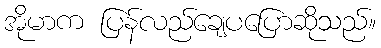
အိုမာက ပြန်လည်ချေပပြောဆိုသည်။